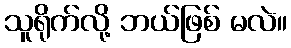
သူရိုက်လို့ ဘယ်ဖြစ် မလဲ။